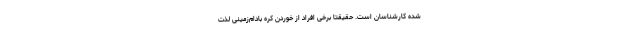
شده کارشناسان است. حقیقتاً برخی افراد از خوردن کره بادام‌زمینی لذت